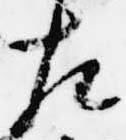
左